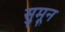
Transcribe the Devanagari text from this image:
सुमून